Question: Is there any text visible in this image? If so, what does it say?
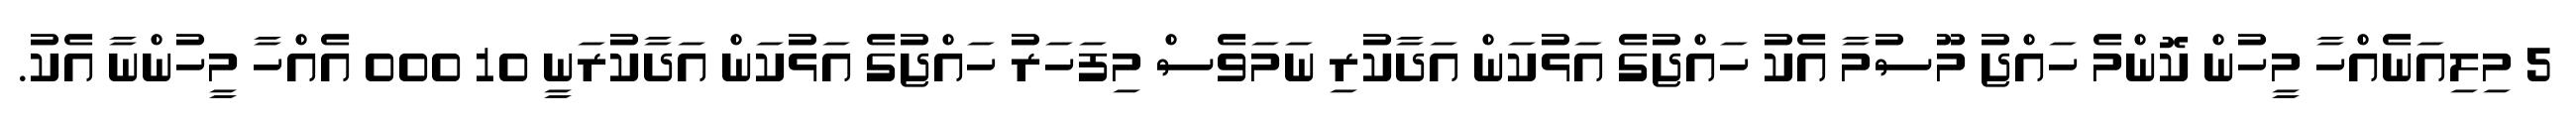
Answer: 5 މިލިއަނެއްހާ މީހުން ކޮންމެ ހައްޖު މޫސުމާ އެކު ހައްޖުގެ އަޅުކަން އަދާކުރި ނަމަވެސް މިފަހަރު ހައްޖުގެ އަޅުކަން އަދާކުރަނީ 10 000 އެއްހާ މީހުންނާ އެކު.